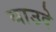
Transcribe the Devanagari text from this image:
बाउदे